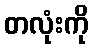
တလုံးကို